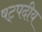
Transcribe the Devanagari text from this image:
षट्पदीय